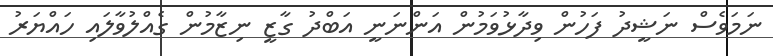
ނަމަވެސް ނަޝީދު ފަހުން ވިދާޅުވަމުން އަންނަނީ އަބްދު ގާޒީ ނިޒާމުން ގެއްލުވާލައި ހައްޔަރު